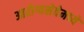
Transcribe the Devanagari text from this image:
आरोग्यसेवेमध्ये